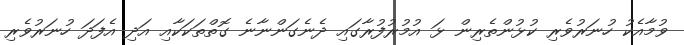
ވުމާއެކު ހުނަރުވެރި ކުޅުންތެރިން ޅަ އުމުރުފުރާގައި ދެނެގަންނާނެ ގޮތްތަކަކާއި އަދި އެފަދަ ހުނަރުވެރި